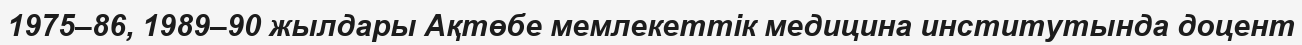
1975–86, 1989–90 жылдары Ақтөбе мемлекеттік медицина институтында доцент